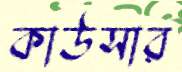
কাউসার